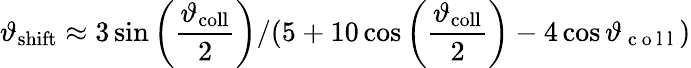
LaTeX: \vartheta_{\mathrm{shift}}\approx 3\sin\left(\frac{\vartheta_{\mathrm{coll}}}{2}\right)/(5+10\cos\left(\frac{\vartheta_{\mathrm{coll}}}{2}\right)-4\cos{\vartheta_{\mathrm{~c~o~l~l~}}})